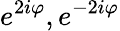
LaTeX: e^{2i\varphi},e^{-2i\varphi}